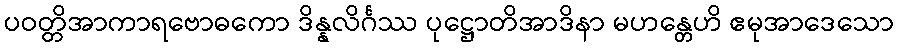
ပဝတ္တိအာကာရဗောဓကော ဒိန္နလိင်္ဂဿ ပုဋ္ဌောတိအာဒိနာ မဟန္တေဟိ ဧမုအာဒေသော